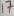
Text: 17